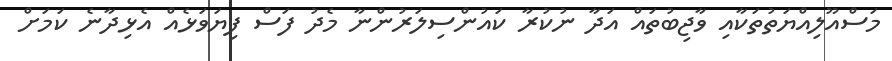
މަސްއޫލިއްޔަތުތަކާއި ވާޖިބުތައް އަދާ ނުކުރާ ކައުންސިލަރުންނާ މެދު ފަސް ފިޔަވަޅެއް އެޅިދާނެ ކަމަށް